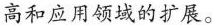
高和应用领域的扩展。